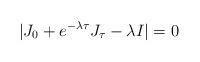
LaTeX: \begin{align*}|J_{0}+e^{-\lambda\tau} J_{\tau} - \lambda I|=0\end{align*}